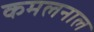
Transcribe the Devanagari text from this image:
कमलनाल